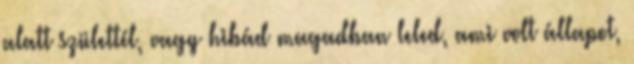
alatt születtél, vagy hibád magadban leled, ami volt állapot,